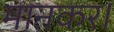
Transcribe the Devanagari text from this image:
मानकर।